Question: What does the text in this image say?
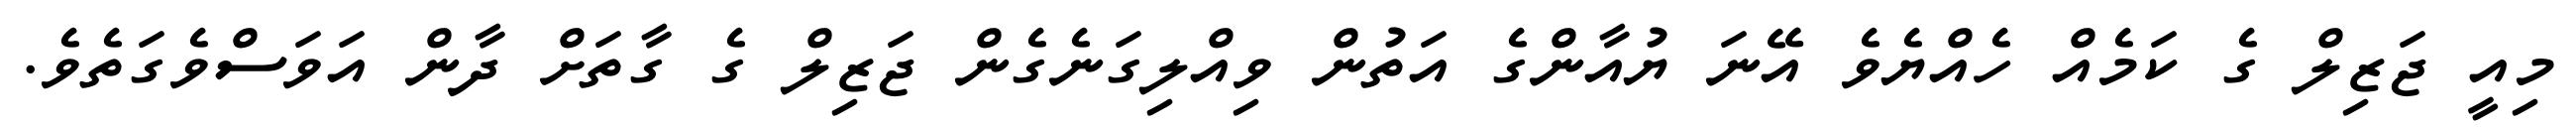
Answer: މިއީ ޖަޒިލް ގެ ކަމެއް ހެއްޔެވެ އޭނަ ޔުއާންގެ އަތުން ވިއްލިގަނެގެން ޖަޒިލް ގެ ގާތަށް ދާން އަވަސްވެގަތެވެ.